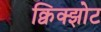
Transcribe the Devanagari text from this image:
क्विक्झोट